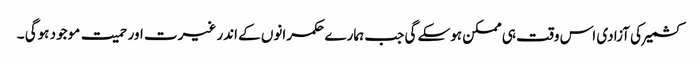
کشمیر کی آزادی اس وقت ہی ممکن ہوسکے گی جب ہمارے حکمرانوں کے اندر غیرت اور حمیت موجود ہوگی ۔